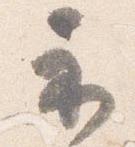
示